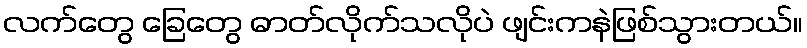
လက်တွေ ခြေတွေ ဓာတ်လိုက်သလိုပဲ ဖျင်းကနဲဖြစ်သွားတယ်။